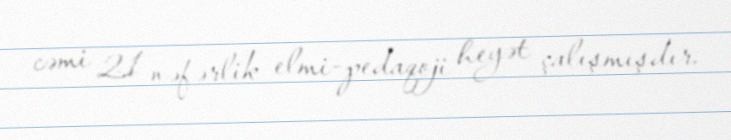
cəmi 21 nəfərlik elmi-pedaqoji heyət çalışmışdır.